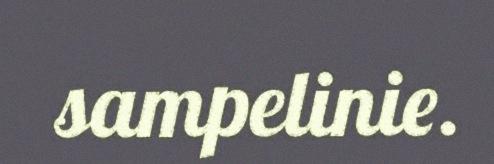
sampelinie.